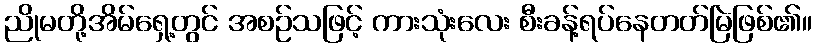
ညိုမတို့အိမ်ရှေ့တွင် အစဉ်သဖြင့် ကားသုံးလေး စီးခန့်ရပ်နေတတ်မြဲဖြစ်၏။